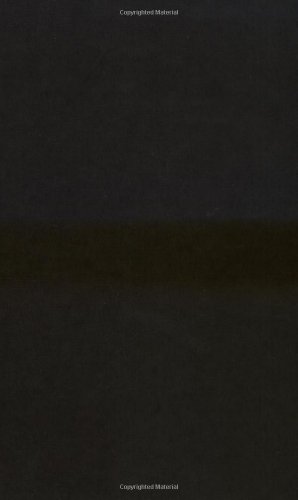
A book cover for Stray Dog of Anime: The Films of Mamoru Oshii; Brian Ruh; Humor & Entertainment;